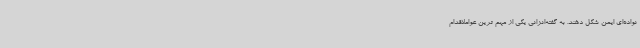
نواده‌ای ایمن شکل دهند. به گفته‌انزانی یکی از مهم ترین عواملاقدام